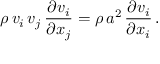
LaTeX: \rho \, v _ { i } \, v _ { j } \, { \frac { \partial v _ { i } } { \partial x _ { j } } } = \rho \, a ^ { 2 } \, { \frac { \partial v _ { i } } { \partial x _ { i } } } \, .